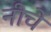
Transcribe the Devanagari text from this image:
नीचे